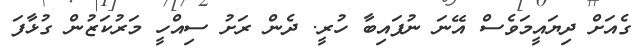
ގެއަށް ދިޔައީމަވެސް އޭނަ ނުފައިބާ ހުރީ. ދެން ރަށު ސިއްހީ މަރުކަޒުން ގުޅާފަ